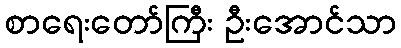
စာရေးတော်ကြီး ဦးအောင်သာ